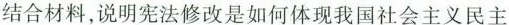
结合材料，说明宪法修改是如何体现我国社会主义民主